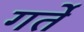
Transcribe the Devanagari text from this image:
गर्ते